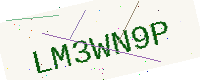
Text: LM3WN9P